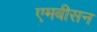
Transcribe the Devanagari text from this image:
एमबीसन